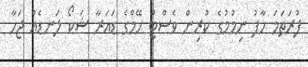
ފުރަތަމަ ހާފު ނިމުމުގެ ކުރިން ވެސްޓް ހޭމްގެ ޑައަރާ ޝަކޯ ލަނޑެއް ޖަހާ